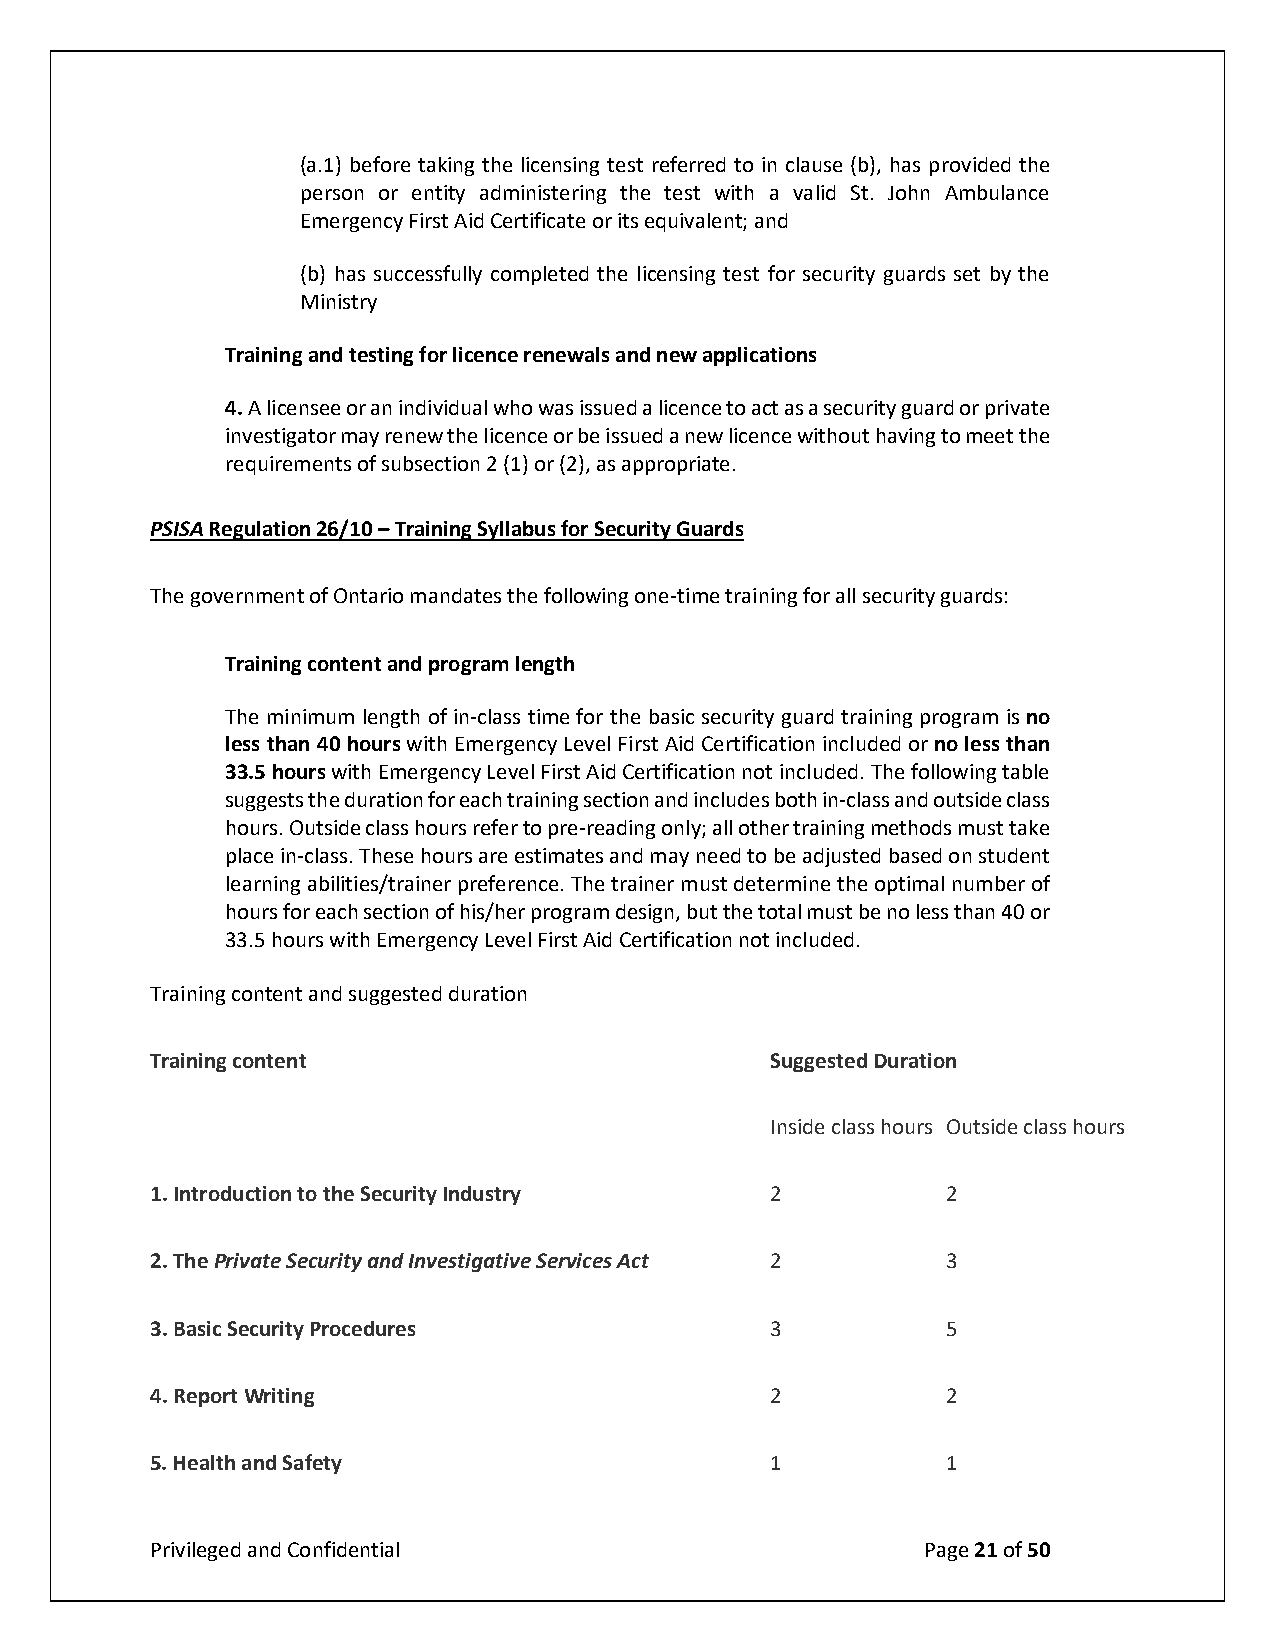
(a.1) before taking the licensing test referred to in clause (b), has provided the
 person or entity administering the test with a valid St. John Ambulance
 Emergency First Aid Certificate or its equivalent; and
 (b) has successfully completed the licensing test for security guards set by the
 Ministry
 Training and testing for licence renewals and new applications
 4. A licensee or an individual who was issued a licence to act as a security guard or private
 investigator may renew the licence or be issued a new licence without having to meet the
 requirements of subsection 2 (1) or (2), as appropriate.
 PSISA Regulation 26/10 – Training Syllabus for Security Guards
 The government of Ontario mandates the following one-time training for all security guards:
 Training content and program length
 The minimum length of in-class time for the basic security guard training program is no
 less than 40 hours with Emergency Level First Aid Certification included or no less than
 33.5 hours with Emergency Level First Aid Certification not included. The following table
 suggests the duration for each training section and includes both in-class and outside class
 hours. Outside class hours refer to pre-reading only; all other training methods must take
 place in-class. These hours are estimates and may need to be adjusted based on student
 learning abilities/trainer preference. The trainer must determine the optimal number of
 hours for each section of his/her program design, but the total must be no less than 40 or
 33.5 hours with Emergency Level First Aid Certification not included.
 Training content and suggested duration
 Training content                         Suggested Duration
 Inside class hours Outside class hours
 1. Introduction to the Security Industry 2           2
 2. The Private Security and Investigative Services Act 2 3
 3. Basic Security Procedures             3           5
 4. Report Writing                        2           2
 5. Health and Safety                     1           1
 Privileged and Confidential                        Page 21 of 50